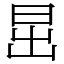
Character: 𣅽